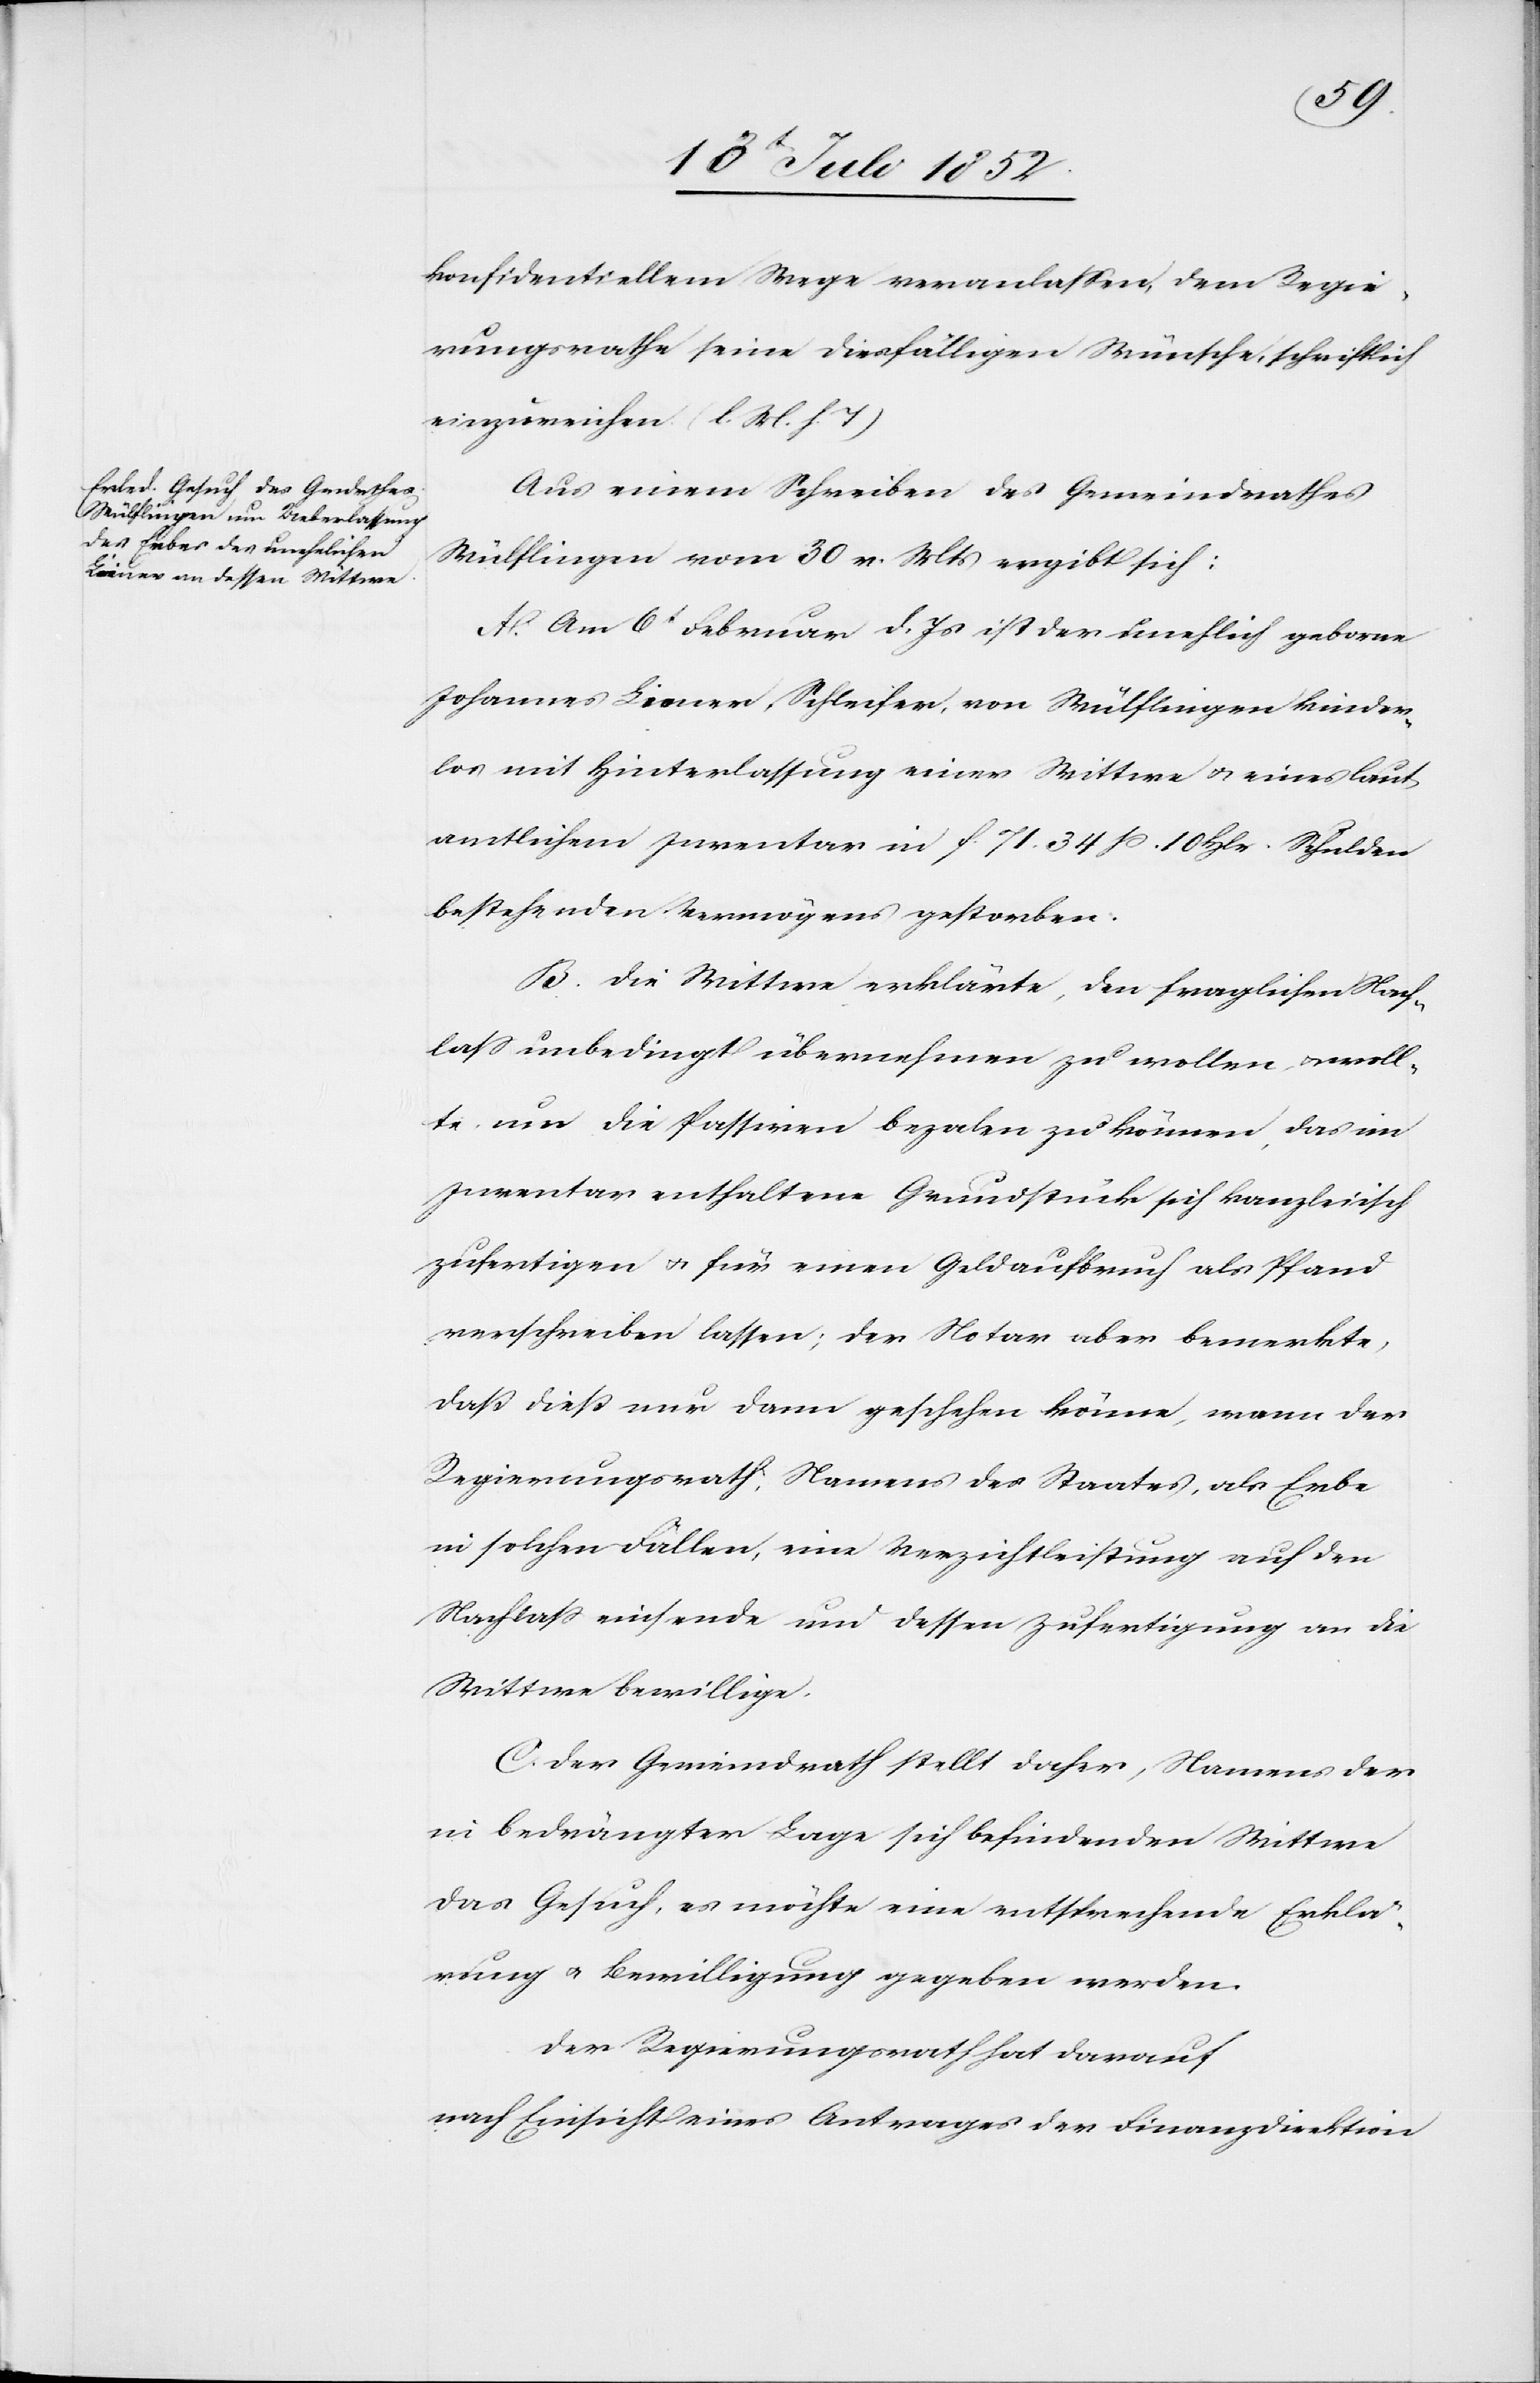
konfidentiellem Wege veranlassen, dem Regie¬
rungsrathe seine diesfälligen Wünsche, schriftlich
einzureichen. (l. M. h. T)
Aus einem Schreiben des Gemeindrathes
Wülflingen vom 30 v. Mts ergibt sich:
A. Am 6t Februar d. Js ist der unehlich geborne
Johannes Liener, Schleifer, von Wülflingen kinder¬
los mit Hinterlassung einer Wittwe & eines laut
amtlichem Inventar in f. 71. 34 ß. 10 Hlr. Schulden
bestehenden Vermögens gestorben.
B. Die Wittwe erklärte, den fraglichen Nach¬
lass unbedingt übernehmen zu wollen & woll¬
te um die Passiven beza[h]len zu können, das im
Inventar enthaltene Grundstück sich kanzleiisch
zufertigen & für einen Geldaufbruch als Pfand
verschreiben lassen; der Notar aber bemerkte,
daß dieß nur dann geschehen könne, wann der
Regierungsrath, Namens des Staates, als Erbe
in solchen Fällen, eine Verzichtleistung auf den
Nachlass einsende und dessen Zufertigung an die
Wittwe bewillige.
C. Der Gemeindrath stellt daher, Namens der
in bedrängter Lage sich befindenden Wittwe
das Gesuch, es möchte eine entsprechende Erklä¬
rung & Bewilligung gegeben werden.
Der Regierungsrath hat darauf
nach Einsicht eines Antrages der Finanzdirektion